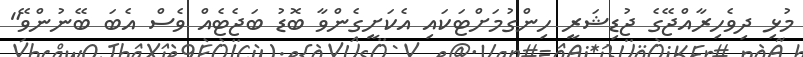
މުޅި ދިވެހިރާއްޖޭގެ ޖުޑިޝަރީ ހިންގުމަށްޓަކައި އެކަށީގެންވާ ބޮޑު ބަޖެޓެއް ވެސް އެބަ ބޭނުންވޭ"